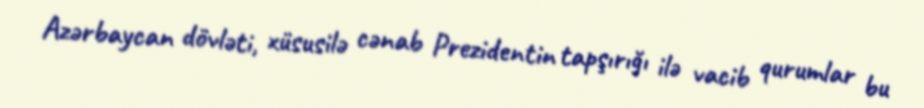
Azərbaycan dövləti, xüsusilə cənab Prezidentin tapşırığı ilə vacib qurumlar bu